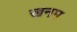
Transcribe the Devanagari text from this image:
खनम